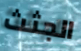
الجثث